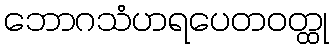
ဘောဂသံဟရပေတဝတ္ထု